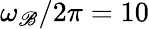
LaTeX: \omega_{\mathscr{B}}/2\pi=10